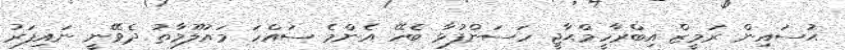
ޙުސައިން ރަމީޒް އިބްރާހީމްޙާޖީ ހަސަންފުޅާ ބެހޭ އެންމެ ސައްހަ މައުލޫމާތު ދެވޭނީ ނައިފަރު